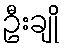
ဦးချို